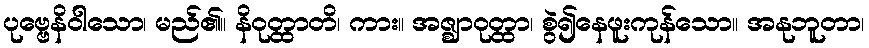
ပုဗ္ဗေနိဝါသော၊ မည်၏။ နိဝုတ္ထာတိ၊ ကား။ အဇ္ဈာဝုတ္ထာ၊ စွဲ၍နေဖူးကုန်သော။ အနုဘူတာ၊